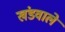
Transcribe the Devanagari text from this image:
खंडवाले